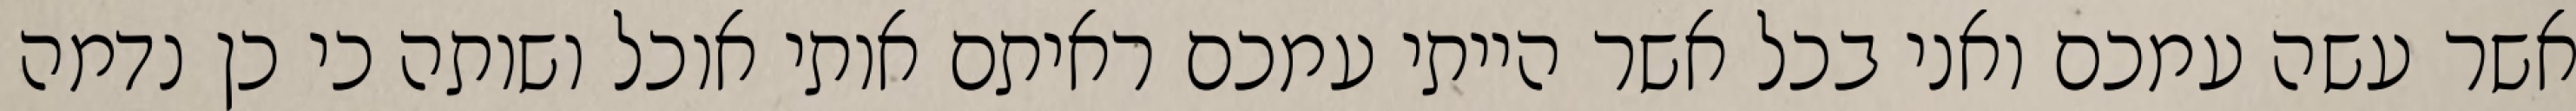
אשר עשה עמכם ואני בכל אשר הייתי עמכם ראיתם אותי אוכל ושותה כי כן נדמה